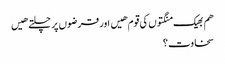
هم بھیک منگتوں کی قوم هیں اور قرضوں پر چلتے هیں
سخاوت ؟